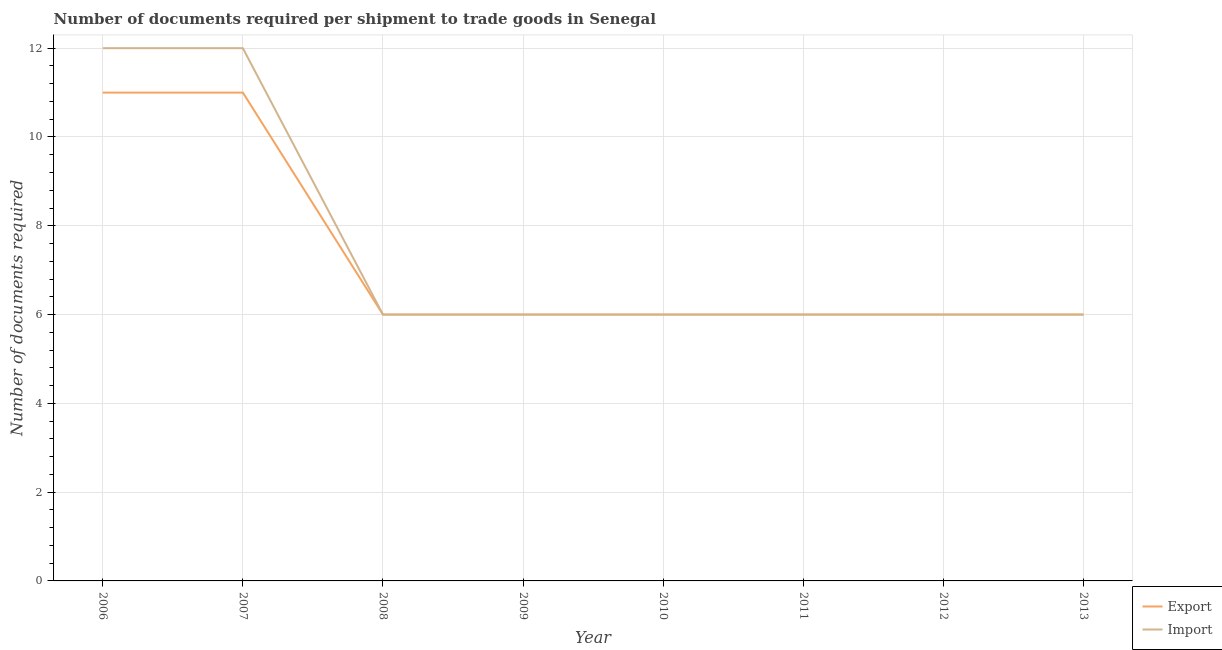
| Year | Export | Import |
 | --- | --- | --- |
 | 2006 | 11 | 12 |
 | 2007 | 11 | 12 |
 | 2008 | 6 | 6 |
 | 2009 | 6 | 6 |
 | 2010 | 6 | 6 |
 | 2011 | 6 | 6 |
 | 2012 | 6 | 6 |
 | 2013 | 6 | 6 |